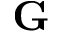
{ \bf G }